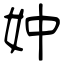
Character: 妕